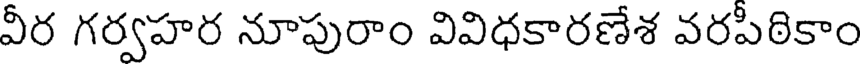
వీర గర్వహర నూపురాం వివిధకారణేశ వరపీఠికాం